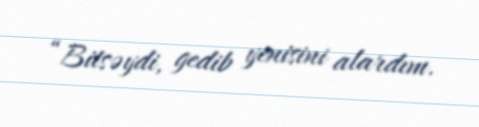
“Bitsəydi, gedib yenisini alardım.